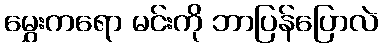
မွှေးကရော မင်းကို ဘာပြန်ပြောလဲ